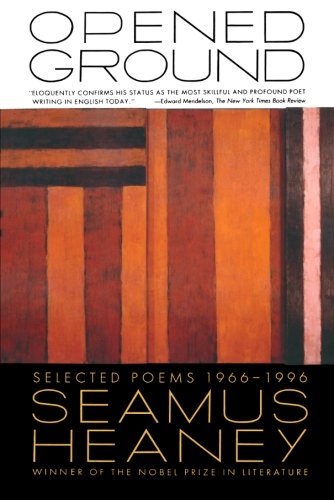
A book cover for Opened Ground: Selected Poems, 1966-1996; Seamus Heaney; Literature & Fiction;